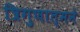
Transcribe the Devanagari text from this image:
त्रिगुणात्मने